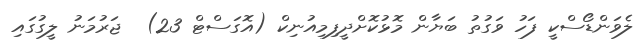
ލެވަންޑޯސްކީ ފަހު ވަގުތު ބަޔާން މޮޅުކޮށްދީފިމިއުނިކް (އޮގަސްޓް 23)  ޖަރުމަނު ލީގުގައި